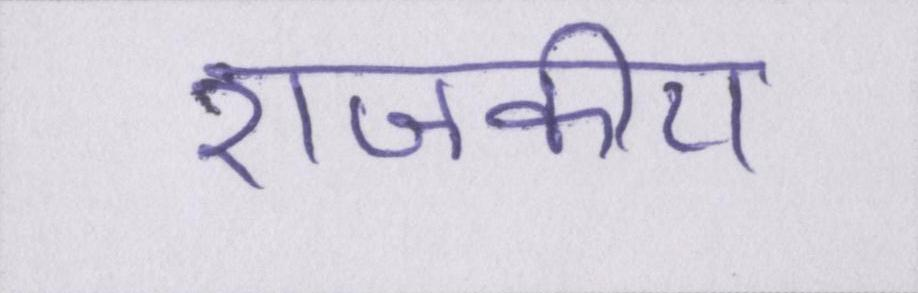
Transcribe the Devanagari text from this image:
राजकीय